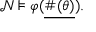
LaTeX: { \mathcal { N } } \models \varphi ( { \underline { { \# ( \theta ) } } } ) .